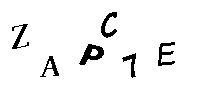
ZAPC7E